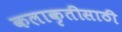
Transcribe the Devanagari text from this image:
कलाकृतीसाठी